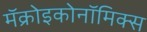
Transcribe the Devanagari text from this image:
मॅक्रोइकोनॉमिक्स